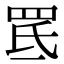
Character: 䍕